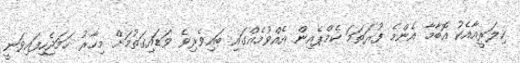
ހިލަރީއާއެކު އޮބާމާ އެންމެ ފުރަތަމަ ކެމްޕެއިން އެއްވުމެއްގައި ބައިވެރިވެ ވަޑައިގަތުމަށް މިހާރު ހަމަޖެހިފައިވަނީ